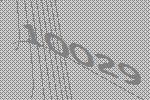
10029